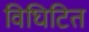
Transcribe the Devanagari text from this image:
विघिटित